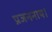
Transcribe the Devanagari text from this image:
प्रजननाय।